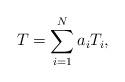
LaTeX: \begin{align*}T=\sum_{i=1}^N a_i T_i, \end{align*}